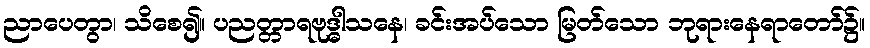
ညာပေတွာ၊ သိစေ၍။ ပညတ္တာရဗုဒ္ဓါသနေ၊ ခင်းအပ်သော မြတ်သော ဘုရားနေရာတော်၌။